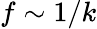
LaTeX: f\sim 1/k